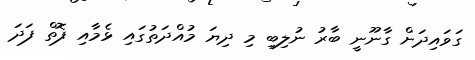
ގަވައިދަށް ގާނޫނީ ބާރު ނުލިބި މި ދިޔަ މުއްދަތުގައި ޅެމާއި ފޮތް ފަދަ